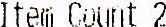
ITEM COUNT 2